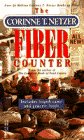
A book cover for The Corinne T. Netzer Fiber Counter; Corinne T. Netzer; Health, Fitness & Dieting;